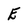
Character: E